Plague in India, 1896, 1897 - Volume 3
Year: 1896
Disease focus: Plague
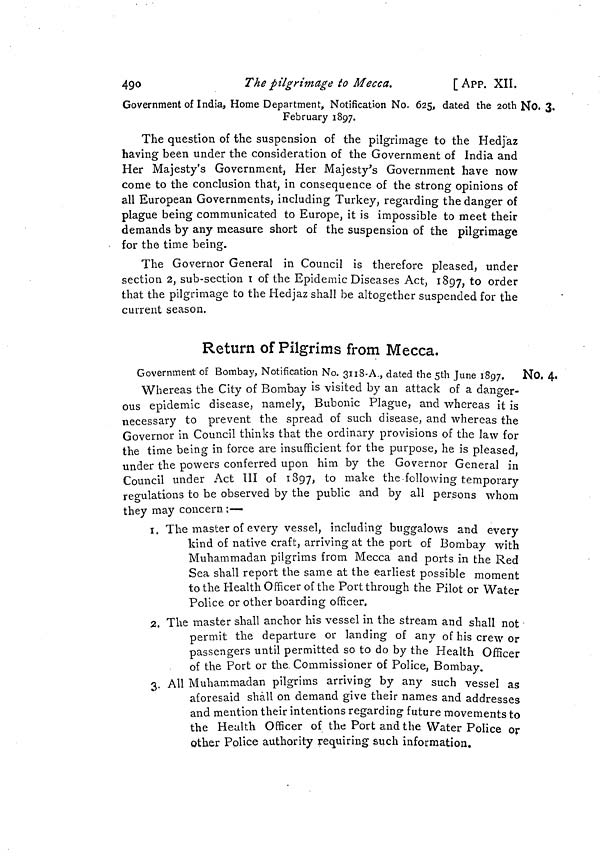
490
The pilgrimage to Mecca.
[App. XII.
No. 3.
Government of India, Home Department, Notification No. 625, dated the 20th ]
February 1897.
The question of the suspension of the pilgrimage to the Hedjaz
having been under the consideration of the Government of India and
Her Majesty's Government, Her Majesty's Government have now
come to the conclusion that, in consequence of the strong opinions of
all European Governments, including Turkey, regarding the danger of
plague being communicated to Europe, it is impossible to meet their
demands by any measure short of the suspension of the pilgrimage
for the time being.
The Governor General in Council is therefore pleased, under
section 2, sub-section I of the Epidemic Diseases Act, 1897, to order
that the pilgrimage to the Hedjaz shall be altogether suspended for the
current season.
Return of Pilgrims from Mecca.
No. 4.
Government of Bombay, Notification No. 3118-A., dated the 5th June 1897.
Whereas the City of Bombay is visited by an attack of a danger-
ous epidemic disease, namely, Bubonic Plague, and whereas it is
necessary to prevent the spread of such disease, and whereas the
Governor in Council thinks that the ordinary provisions of the law for
the time being in force are insufficient for the purpose, he is pleased,
under the powers conferred upon him by the Governor General in
Council under Act III of 1897, to make the following temporary
regulations to be observed by the public and by all persons whom
they may concern :—
1. The master of every vessel, including buggalows and every
kind of native craft, arriving at the port of Bombay with
Muhammadan pilgrims from Mecca and ports in the Red
Sea shall report the same at the earliest possible moment
to the Health Officer of the Port through the Pilot or Water
Police or other boarding officer.
2. The master shall anchor his vessel in the stream and shall not
permit the departure or landing of any of his crew or
passengers until permitted so to do by the Health Officer
of the Port or the Commissioner of Police, Bombay.
3. All Muhammadan pilgrims arriving by any such vessel as
aforesaid shall on demand give their names and addresses
and mention their intentions regarding future movements to
the Health Officer of the Port and the Water Police or
other Police authority requiring such information.